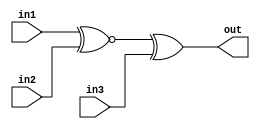
module two(

    input in1, 
    input in2,
    input in3,
    output out

);

    assign out = (in1 ~^ in2) ^ in3;

endmodule